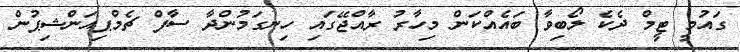
ގައުމީ ޓީމް ދެކެ ލޯބިވާ ބައެއްކަން މިހާރު ރާއްޖޭގައި ހިނގަމުންދާ ސާފް ޗެމްޕިއަންޝިޕުން